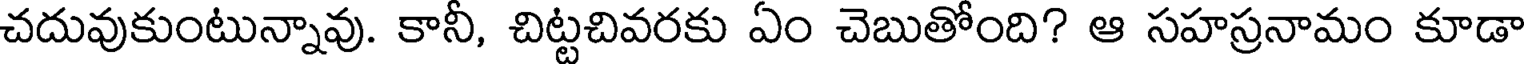
చదువుకుంటున్నావు. కానీ, చిట్టచివరకు ఏం చెబుతోంది? ఆ సహస్రనామం కూడా